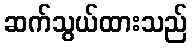
ဆက်သွယ်ထားသည်